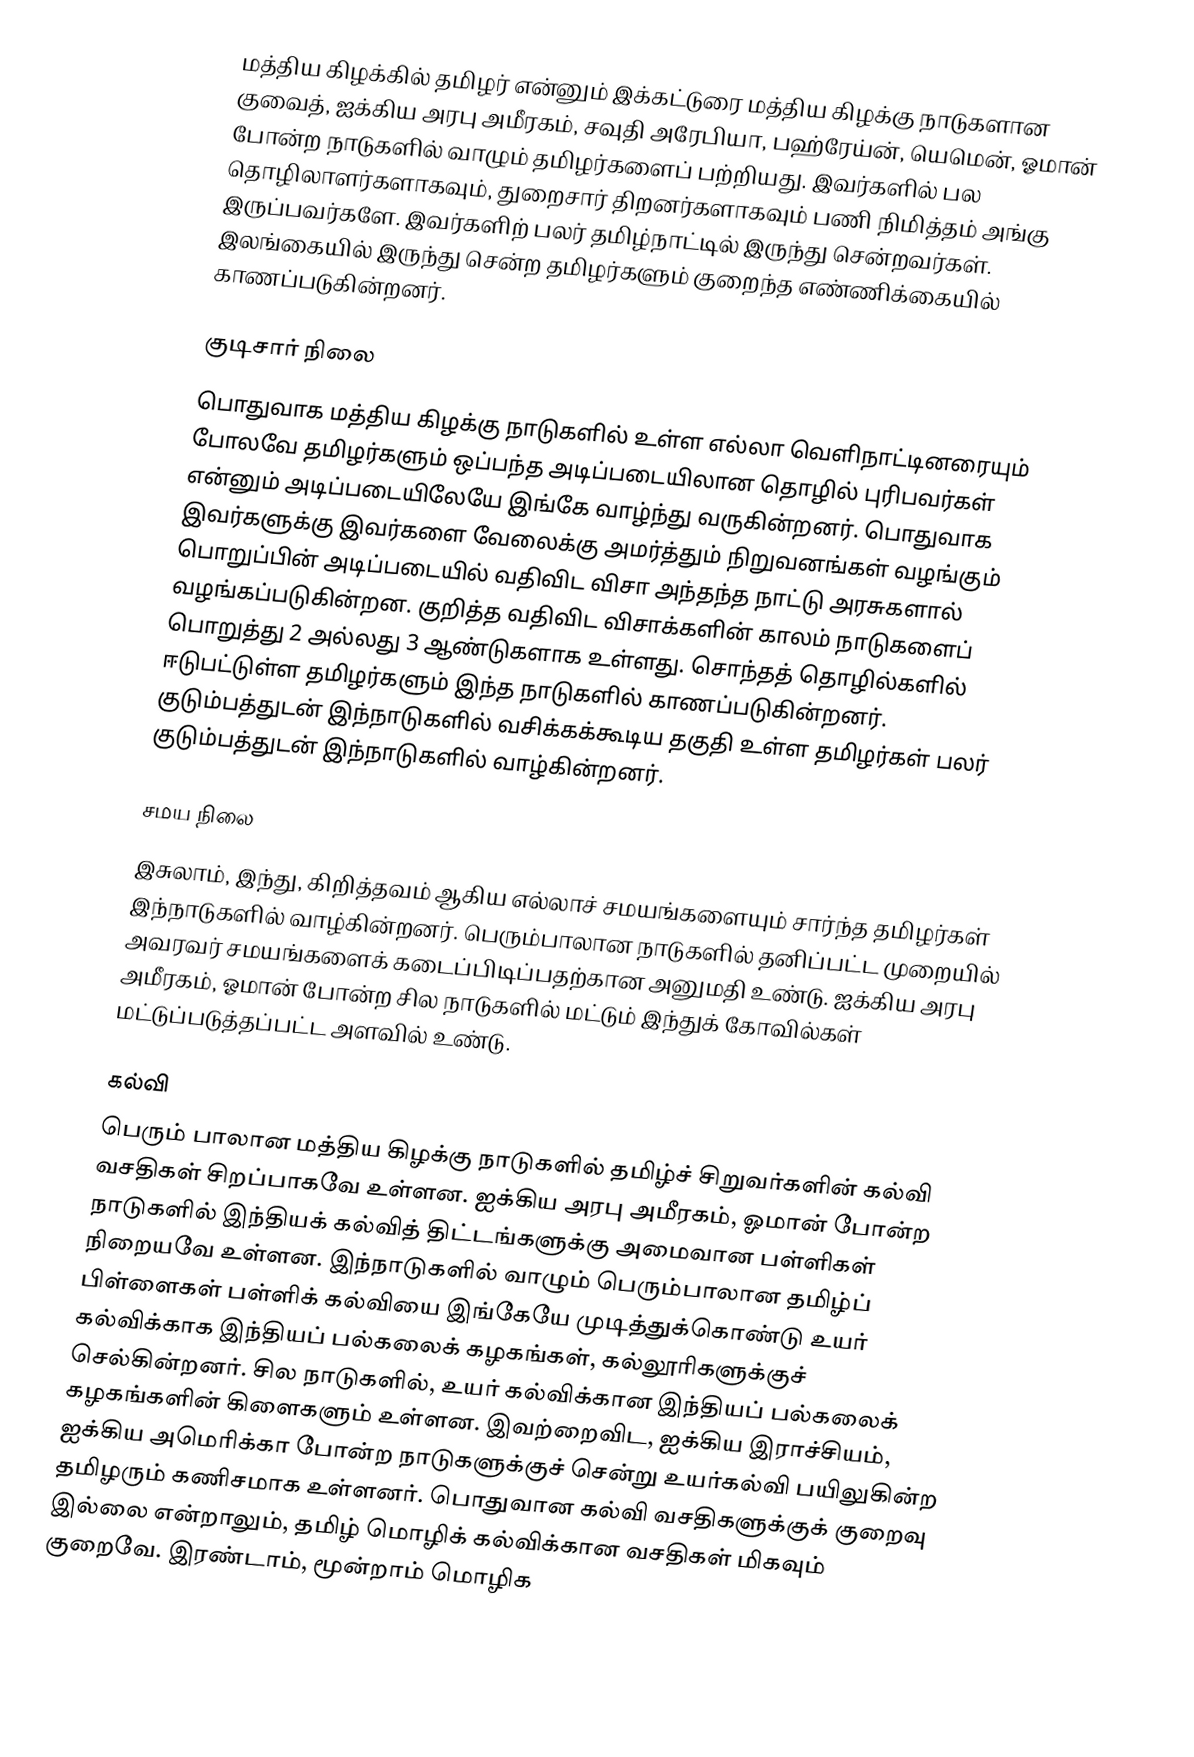
மத்திய கிழக்கில் தமிழர் என்னும் இக்கட்டுரை மத்திய கிழக்கு நாடுகளான குவைத், ஐக்கிய அரபு அமீரகம், சவுதி அரேபியா, பஹ்ரேய்ன், யெமென், ஓமான் போன்ற நாடுகளில் வாழும் தமிழர்களைப் பற்றியது. இவர்களில் பல தொழிலாளர்களாகவும், துறைசார் திறனர்களாகவும் பணி நிமித்தம் அங்கு இருப்பவர்களே. இவர்களிற் பலர் தமிழ்நாட்டில் இருந்து சென்றவர்கள். இலங்கையில் இருந்து சென்ற தமிழர்களும் குறைந்த எண்ணிக்கையில் காணப்படுகின்றனர்.

குடிசார் நிலை
பொதுவாக மத்திய கிழக்கு நாடுகளில் உள்ள எல்லா வெளிநாட்டினரையும் போலவே தமிழர்களும் ஒப்பந்த அடிப்படையிலான தொழில் புரிபவர்கள் என்னும் அடிப்படையிலேயே இங்கே வாழ்ந்து வருகின்றனர். பொதுவாக இவர்களுக்கு இவர்களை வேலைக்கு அமர்த்தும் நிறுவனங்கள் வழங்கும் பொறுப்பின் அடிப்படையில் வதிவிட விசா அந்தந்த நாட்டு அரசுகளால் வழங்கப்படுகின்றன. குறித்த வதிவிட விசாக்களின் காலம் நாடுகளைப் பொறுத்து 2 அல்லது 3 ஆண்டுகளாக உள்ளது. சொந்தத் தொழில்களில் ஈடுபட்டுள்ள தமிழர்களும் இந்த நாடுகளில் காணப்படுகின்றனர். குடும்பத்துடன் இந்நாடுகளில் வசிக்கக்கூடிய தகுதி உள்ள தமிழர்கள் பலர் குடும்பத்துடன் இந்நாடுகளில் வாழ்கின்றனர்.

சமய நிலை
இசுலாம், இந்து, கிறித்தவம் ஆகிய எல்லாச் சமயங்களையும் சார்ந்த தமிழர்கள் இந்நாடுகளில் வாழ்கின்றனர். பெரும்பாலான நாடுகளில் தனிப்பட்ட முறையில் அவரவர் சமயங்களைக் கடைப்பிடிப்பதற்கான அனுமதி உண்டு. ஐக்கிய அரபு அமீரகம், ஓமான் போன்ற சில நாடுகளில் மட்டும் இந்துக் கோவில்கள் மட்டுப்படுத்தப்பட்ட அளவில் உண்டு.

கல்வி
பெரும் பாலான மத்திய கிழக்கு நாடுகளில் தமிழ்ச் சிறுவர்களின் கல்வி வசதிகள் சிறப்பாகவே உள்ளன. ஐக்கிய அரபு அமீரகம், ஓமான் போன்ற நாடுகளில் இந்தியக் கல்வித் திட்டங்களுக்கு அமைவான பள்ளிகள் நிறையவே உள்ளன. இந்நாடுகளில் வாழும் பெரும்பாலான தமிழ்ப் பிள்ளைகள் பள்ளிக் கல்வியை இங்கேயே முடித்துக்கொண்டு உயர் கல்விக்காக இந்தியப் பல்கலைக் கழகங்கள், கல்லூரிகளுக்குச் செல்கின்றனர். சில நாடுகளில், உயர் கல்விக்கான இந்தியப் பல்கலைக் கழகங்களின் கிளைகளும் உள்ளன. இவற்றைவிட, ஐக்கிய இராச்சியம், ஐக்கிய அமெரிக்கா போன்ற நாடுகளுக்குச் சென்று உயர்கல்வி பயிலுகின்ற தமிழரும் கணிசமாக உள்ளனர். பொதுவான கல்வி வசதிகளுக்குக் குறைவு இல்லை என்றாலும், தமிழ் மொழிக் கல்விக்கான வசதிகள் மிகவும் குறைவே. இரண்டாம், மூன்றாம் மொழிக